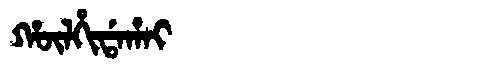
Manchu: ᡥᡡᠯᡥᡳᡩᠠᡥᠠᡳ
Romanization: HŪLHIDAHAI